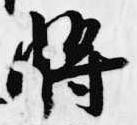
将